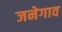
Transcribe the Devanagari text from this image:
जनेगाव